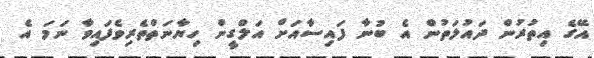
އޭގެ އިތުރުން ދައުލަތުން އެ ބުނާ ފައިސާއަށް އަލްގީން ހިޔާނަތްތެރިވެފައިވާ ނަަމަ އެ